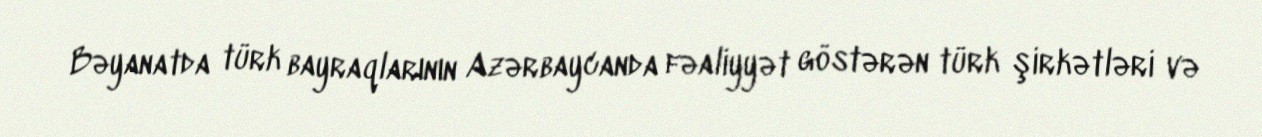
Bəyanatda türk bayraqlarının Azərbaycanda fəaliyyət göstərən türk şirkətləri və